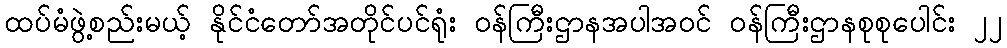
ထပ်မံဖွဲ့စည်းမယ့် နိုင်ငံတော်အတိုင်ပင်ရုံး ဝန်ကြီးဌာနအပါအဝင် ဝန်ကြီးဌာနစုစုပေါင်း ၂၂